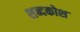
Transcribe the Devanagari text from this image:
शब्‍दकोश